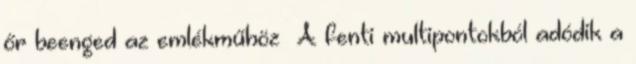
őr beenged az emlékműhöz A fenti multipontokból adódik a